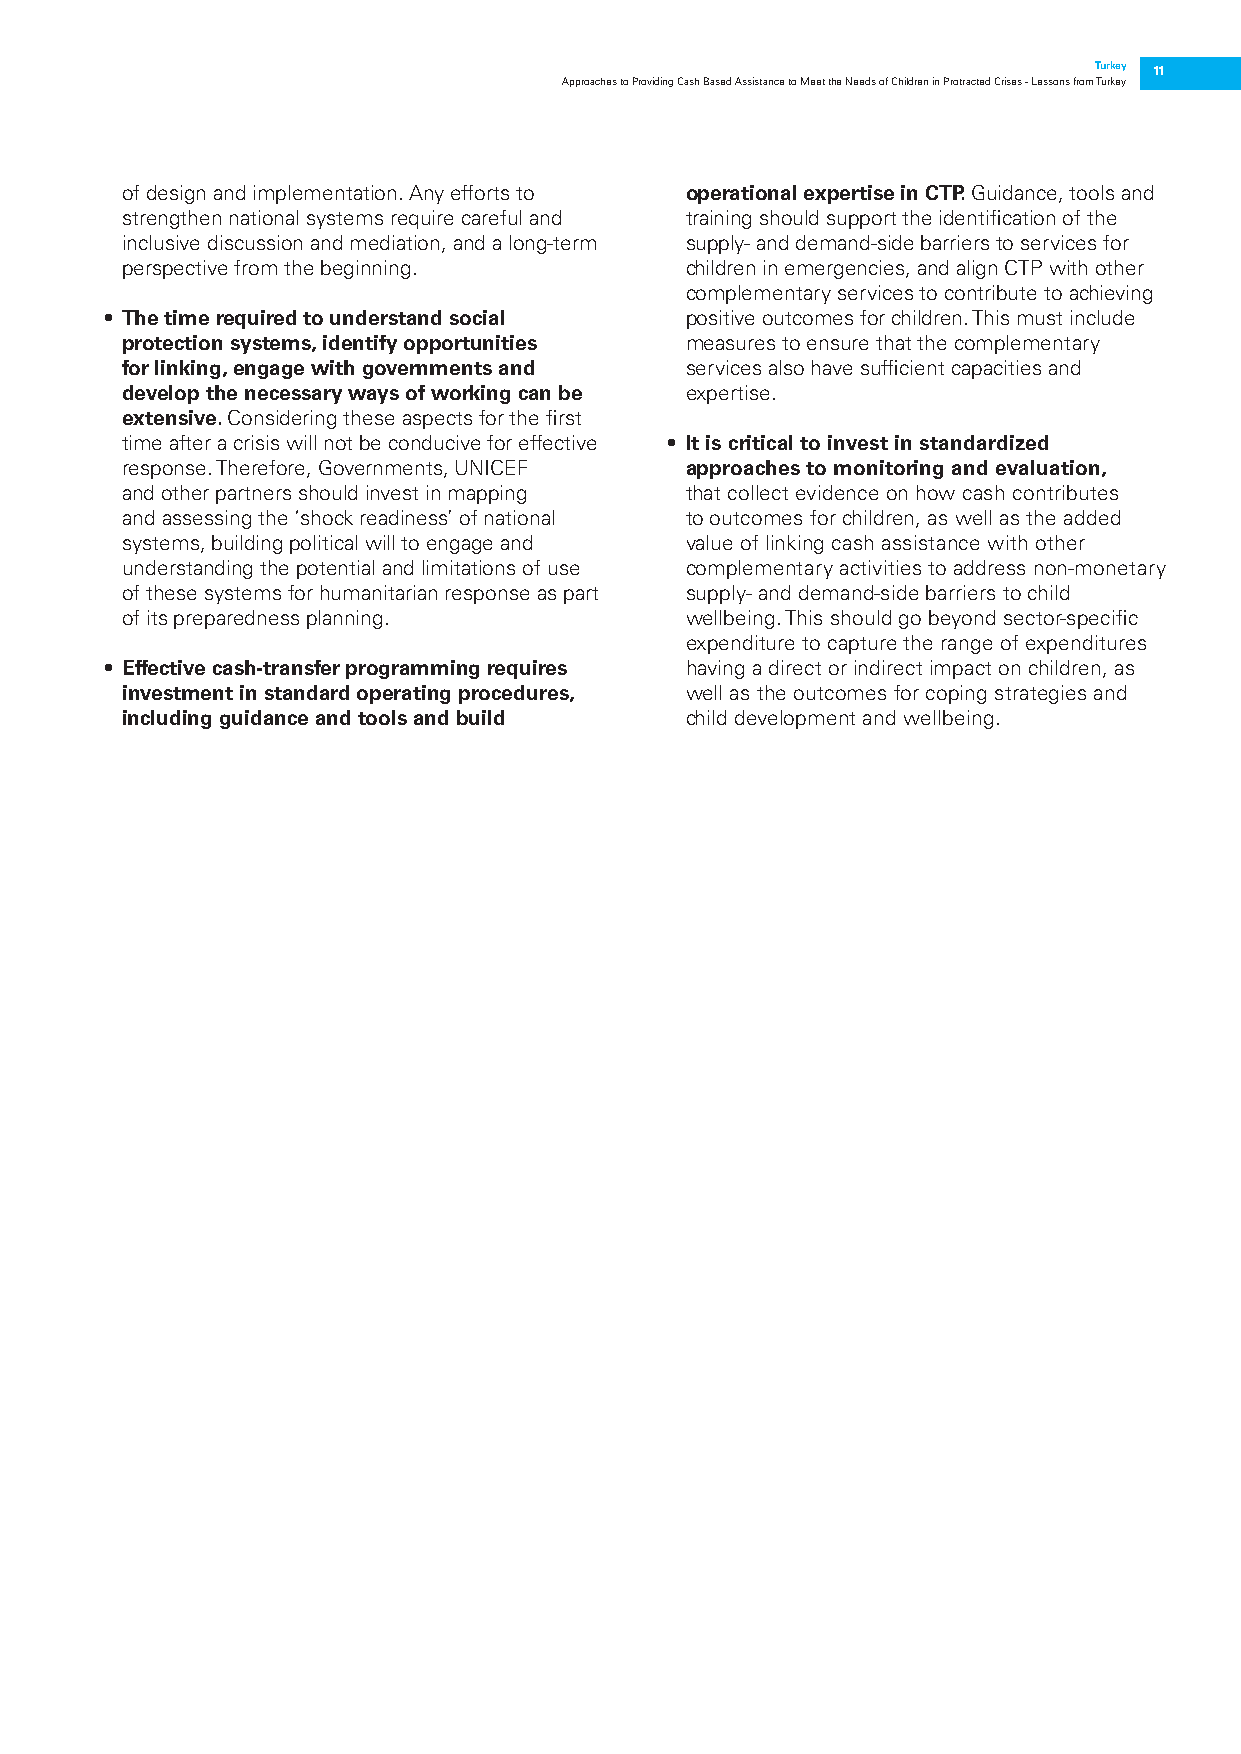
Turkey 11
 Approaches to Providing Cash Based Assistance to Meet the Needs of Children in Protracted Crises - Lessons from Turkey
 of design and implementation. Any efforts to operational expertise in CTP. Guidance, tools and
 strengthen national systems require careful and training should support the identification of the
 inclusive discussion and mediation, and a long-term supply- and demand-side barriers to services for
 perspective from the beginning.      children in emergencies, and align CTP with other
 complementary services to contribute to achieving
 • The time required to understand social positive outcomes for children. This must include
 protection systems, identify opportunities measures to ensure that the complementary
 for linking, engage with governments and services also have sufficient capacities and
 develop the necessary ways of working can be expertise.
 extensive. Considering these aspects for the first
 time after a crisis will not be conducive for effective • It is critical to invest in standardized
 response. Therefore, Governments, UNICEF approaches to monitoring and evaluation,
 and other partners should invest in mapping that collect evidence on how cash contributes
 and assessing the ‘shock readiness’ of national to outcomes for children, as well as the added
 systems, building political will to engage and value of linking cash assistance with other
 understanding the potential and limitations of use complementary activities to address non-monetary
 of these systems for humanitarian response as part supply- and demand-side barriers to child
 of its preparedness planning.        wellbeing. This should go beyond sector-specific
 expenditure to capture the range of expenditures
 • Effective cash-transfer programming requires having a direct or indirect impact on children, as
 investment in standard operating procedures, well as the outcomes for coping strategies and
 including guidance and tools and build child development and wellbeing.